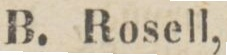
B. Rosell,